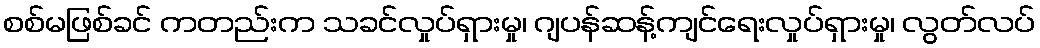
စစ်မဖြစ်ခင် ကတည်းက သခင်လှုပ်ရှားမှု၊ ဂျပန်ဆန့်ကျင်ရေးလှုပ်ရှားမှု၊ လွတ်လပ်